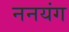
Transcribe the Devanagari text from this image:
ननयंग